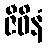
ဇီဝိနံ